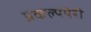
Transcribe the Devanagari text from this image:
प्रकल्पपेरी